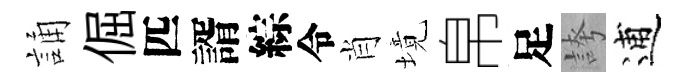
誦倔匹諝綜令肖境帛足誇逋